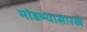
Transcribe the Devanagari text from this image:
मांडण्यासारखे